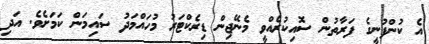
އެ ކުންފުނީގެ ފަރާތުން ސޮއިކުރެއްވީ މެނޭޖިން ޑިރެކްޓަރު މުހައްމަދު ސައިމަން ކަމަށެވެ. އަދި